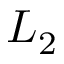
L _ { 2 }